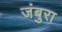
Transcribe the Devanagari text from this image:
जंबुरा